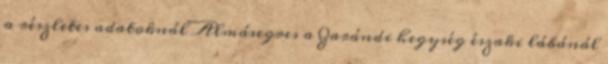
a részletes adatoknál Almásegres a Zarándi hegység északi lábánál